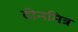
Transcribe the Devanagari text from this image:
दीनमित्र